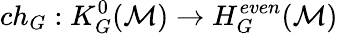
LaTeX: ch_{G}:K_{G}^{0}({\cal M})\to H_{G}^{even}({\cal M})